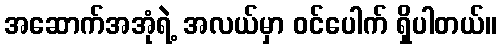
အဆောက်အအုံရဲ့ အလယ်မှာ ဝင်ပေါက် ရှိပါတယ်။